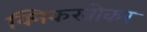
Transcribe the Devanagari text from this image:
क्निकरबोकर